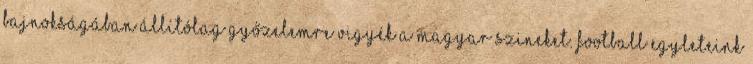
bajnokságában állítólag győzelemre vigyék a magyar szineket. Football egyleteink